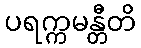
ပရက္ကမန္တီတိ